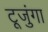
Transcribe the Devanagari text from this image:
टूजुंगा